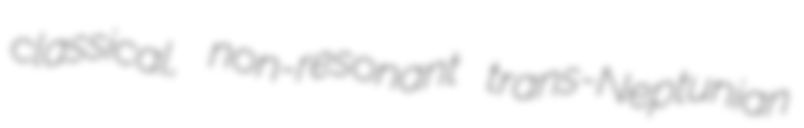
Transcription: classical, non-resonant trans-Neptunian